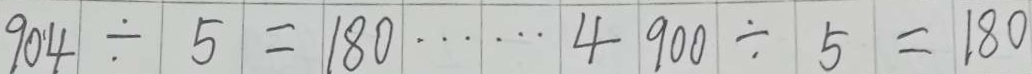
9 0 4 \div 5 = 1 8 0 \cdots 4 9 0 0 \div 5 = 1 8 0